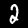
Digit: 2